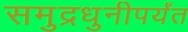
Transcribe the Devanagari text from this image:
समुद्रधुनीपर्यंत